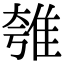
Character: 𨾺